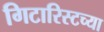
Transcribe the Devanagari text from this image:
गिटारिस्टच्या